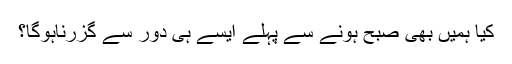
کیا ہمیں بھی صبح ہونے سے پہلے ایسے ہی دور سے گزرناہوگا؟